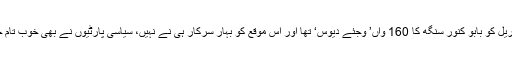
اس سال 23 اپریل کو بابو کنور سنگھ کا 160 واں’ وجئے دیوس‘ تھا اور اس موقع کو بہار سرکار ہی نے نہیں، سیاسی پارٹیوں نے بھی خوب تام جھام سے منایا۔